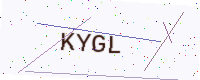
Text: KYGL